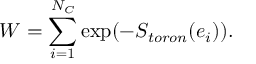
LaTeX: W = \sum _ { i = 1 } ^ { N _ { C } } \mathrm { e x p } ( - S _ { t o r o n } ( e _ { i } ) ) .